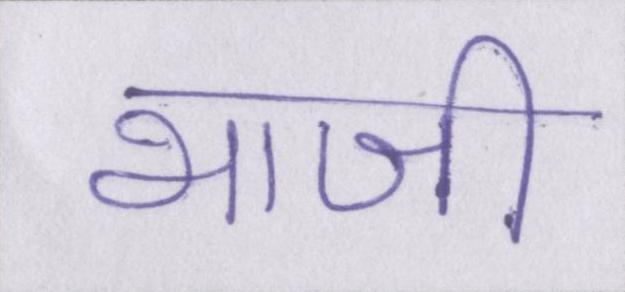
भाजी